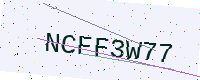
Text: NCFF3W77